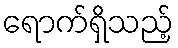
ရောက်ရှိသည့်